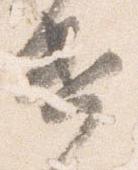
遣